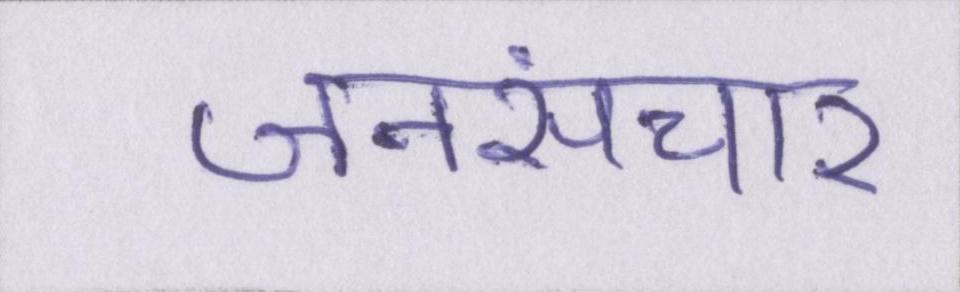
जनसंचार